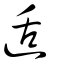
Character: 适